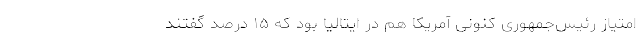
امتیاز رئیس‌جمهوری کنونی آمریکا هم در ایتالیا بود که ۱۵ درصد گفتند